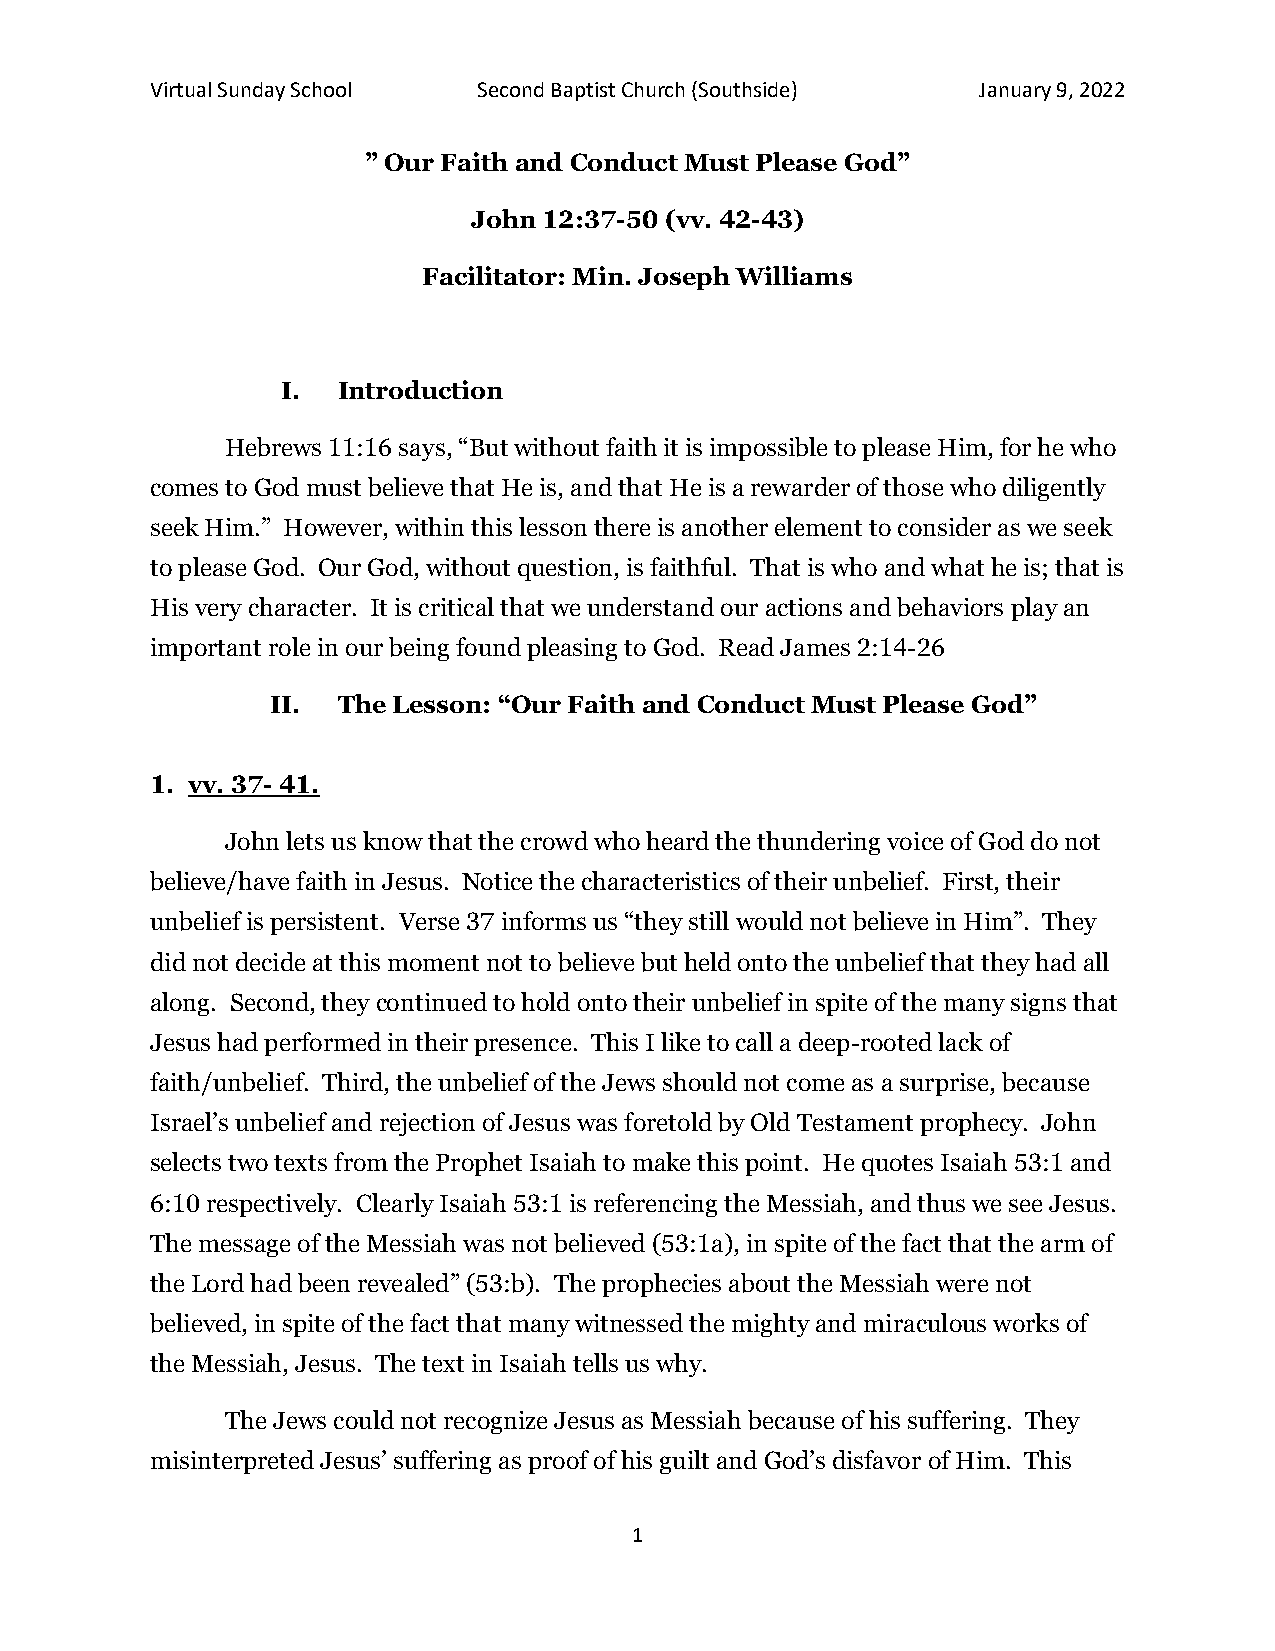
Virtual Sunday School Second Baptist Church (Southside) January 9, 2022
 ” Our Faith and Conduct Must Please God”
 John 12:37-50 (vv. 42-43)
 Facilitator: Min. Joseph Williams
 I. Introduction
 Hebrews 11:16 says, “But without faith it is impossible to please Him, for he who
 comes to God must believe that He is, and that He is a rewarder of those who diligently
 seek Him.” However, within this lesson there is another element to consider as we seek
 to please God. Our God, without question, is faithful. That is who and what he is; that is
 His very character. It is critical that we understand our actions and behaviors play an
 important role in our being found pleasing to God. Read James 2:14-26
 II. The Lesson: “Our Faith and Conduct Must Please God”
 1. vv. 37- 41.
 John lets us know that the crowd who heard the thundering voice of God do not
 believe/have faith in Jesus. Notice the characteristics of their unbelief. First, their
 unbelief is persistent. Verse 37 informs us “they still would not believe in Him”. They
 did not decide at this moment not to believe but held onto the unbelief that they had all
 along. Second, they continued to hold onto their unbelief in spite of the many signs that
 Jesus had performed in their presence. This I like to call a deep-rooted lack of
 faith/unbelief. Third, the unbelief of the Jews should not come as a surprise, because
 Israel’s unbelief and rejection of Jesus was foretold by Old Testament prophecy. John
 selects two texts from the Prophet Isaiah to make this point. He quotes Isaiah 53:1 and
 6:10 respectively. Clearly Isaiah 53:1 is referencing the Messiah, and thus we see Jesus.
 The message of the Messiah was not believed (53:1a), in spite of the fact that the arm of
 the Lord had been revealed” (53:b). The prophecies about the Messiah were not
 believed, in spite of the fact that many witnessed the mighty and miraculous works of
 the Messiah, Jesus. The text in Isaiah tells us why.
 The Jews could not recognize Jesus as Messiah because of his suffering. They
 misinterpreted Jesus’ suffering as proof of his guilt and God’s disfavor of Him. This
 1